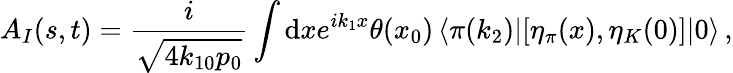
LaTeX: A_{I}(s,t)={\frac{i}{\sqrt{4k_{10}p_{0}}}}\int\mathrm{d}xe^{ik_{1}x}\theta(x_{0})\, \langle\pi(k_{2})|[\eta_{\pi}(x),\eta_{K}(0)]|0\rangle\, ,